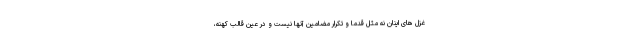
غزل های اینان نه مثل قدما و تکرار مضامین آنها نیست و در عین قالب کهنه،